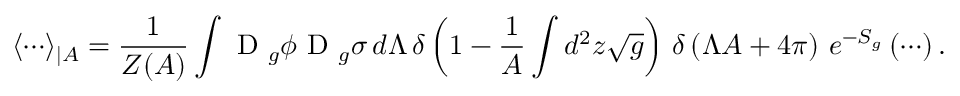
\langle \cdots \rangle _ { \mid A } = \frac { 1 } { Z ( A ) } \int \mathrm { ~ \cal { D } ~ } _ { g } \phi \mathrm { ~ \cal { D } ~ } _ { g } \sigma \, d \Lambda \, \delta \left( 1 - \frac { 1 } { A } \int d ^ { 2 } z \sqrt { g } \right) \, \delta \left( \Lambda A + 4 \pi \right) \, e ^ { - S _ { g } } \left( \cdots \right) .